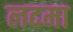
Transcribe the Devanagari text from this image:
लदमा